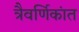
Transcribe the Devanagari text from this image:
त्रैवर्णिकांत